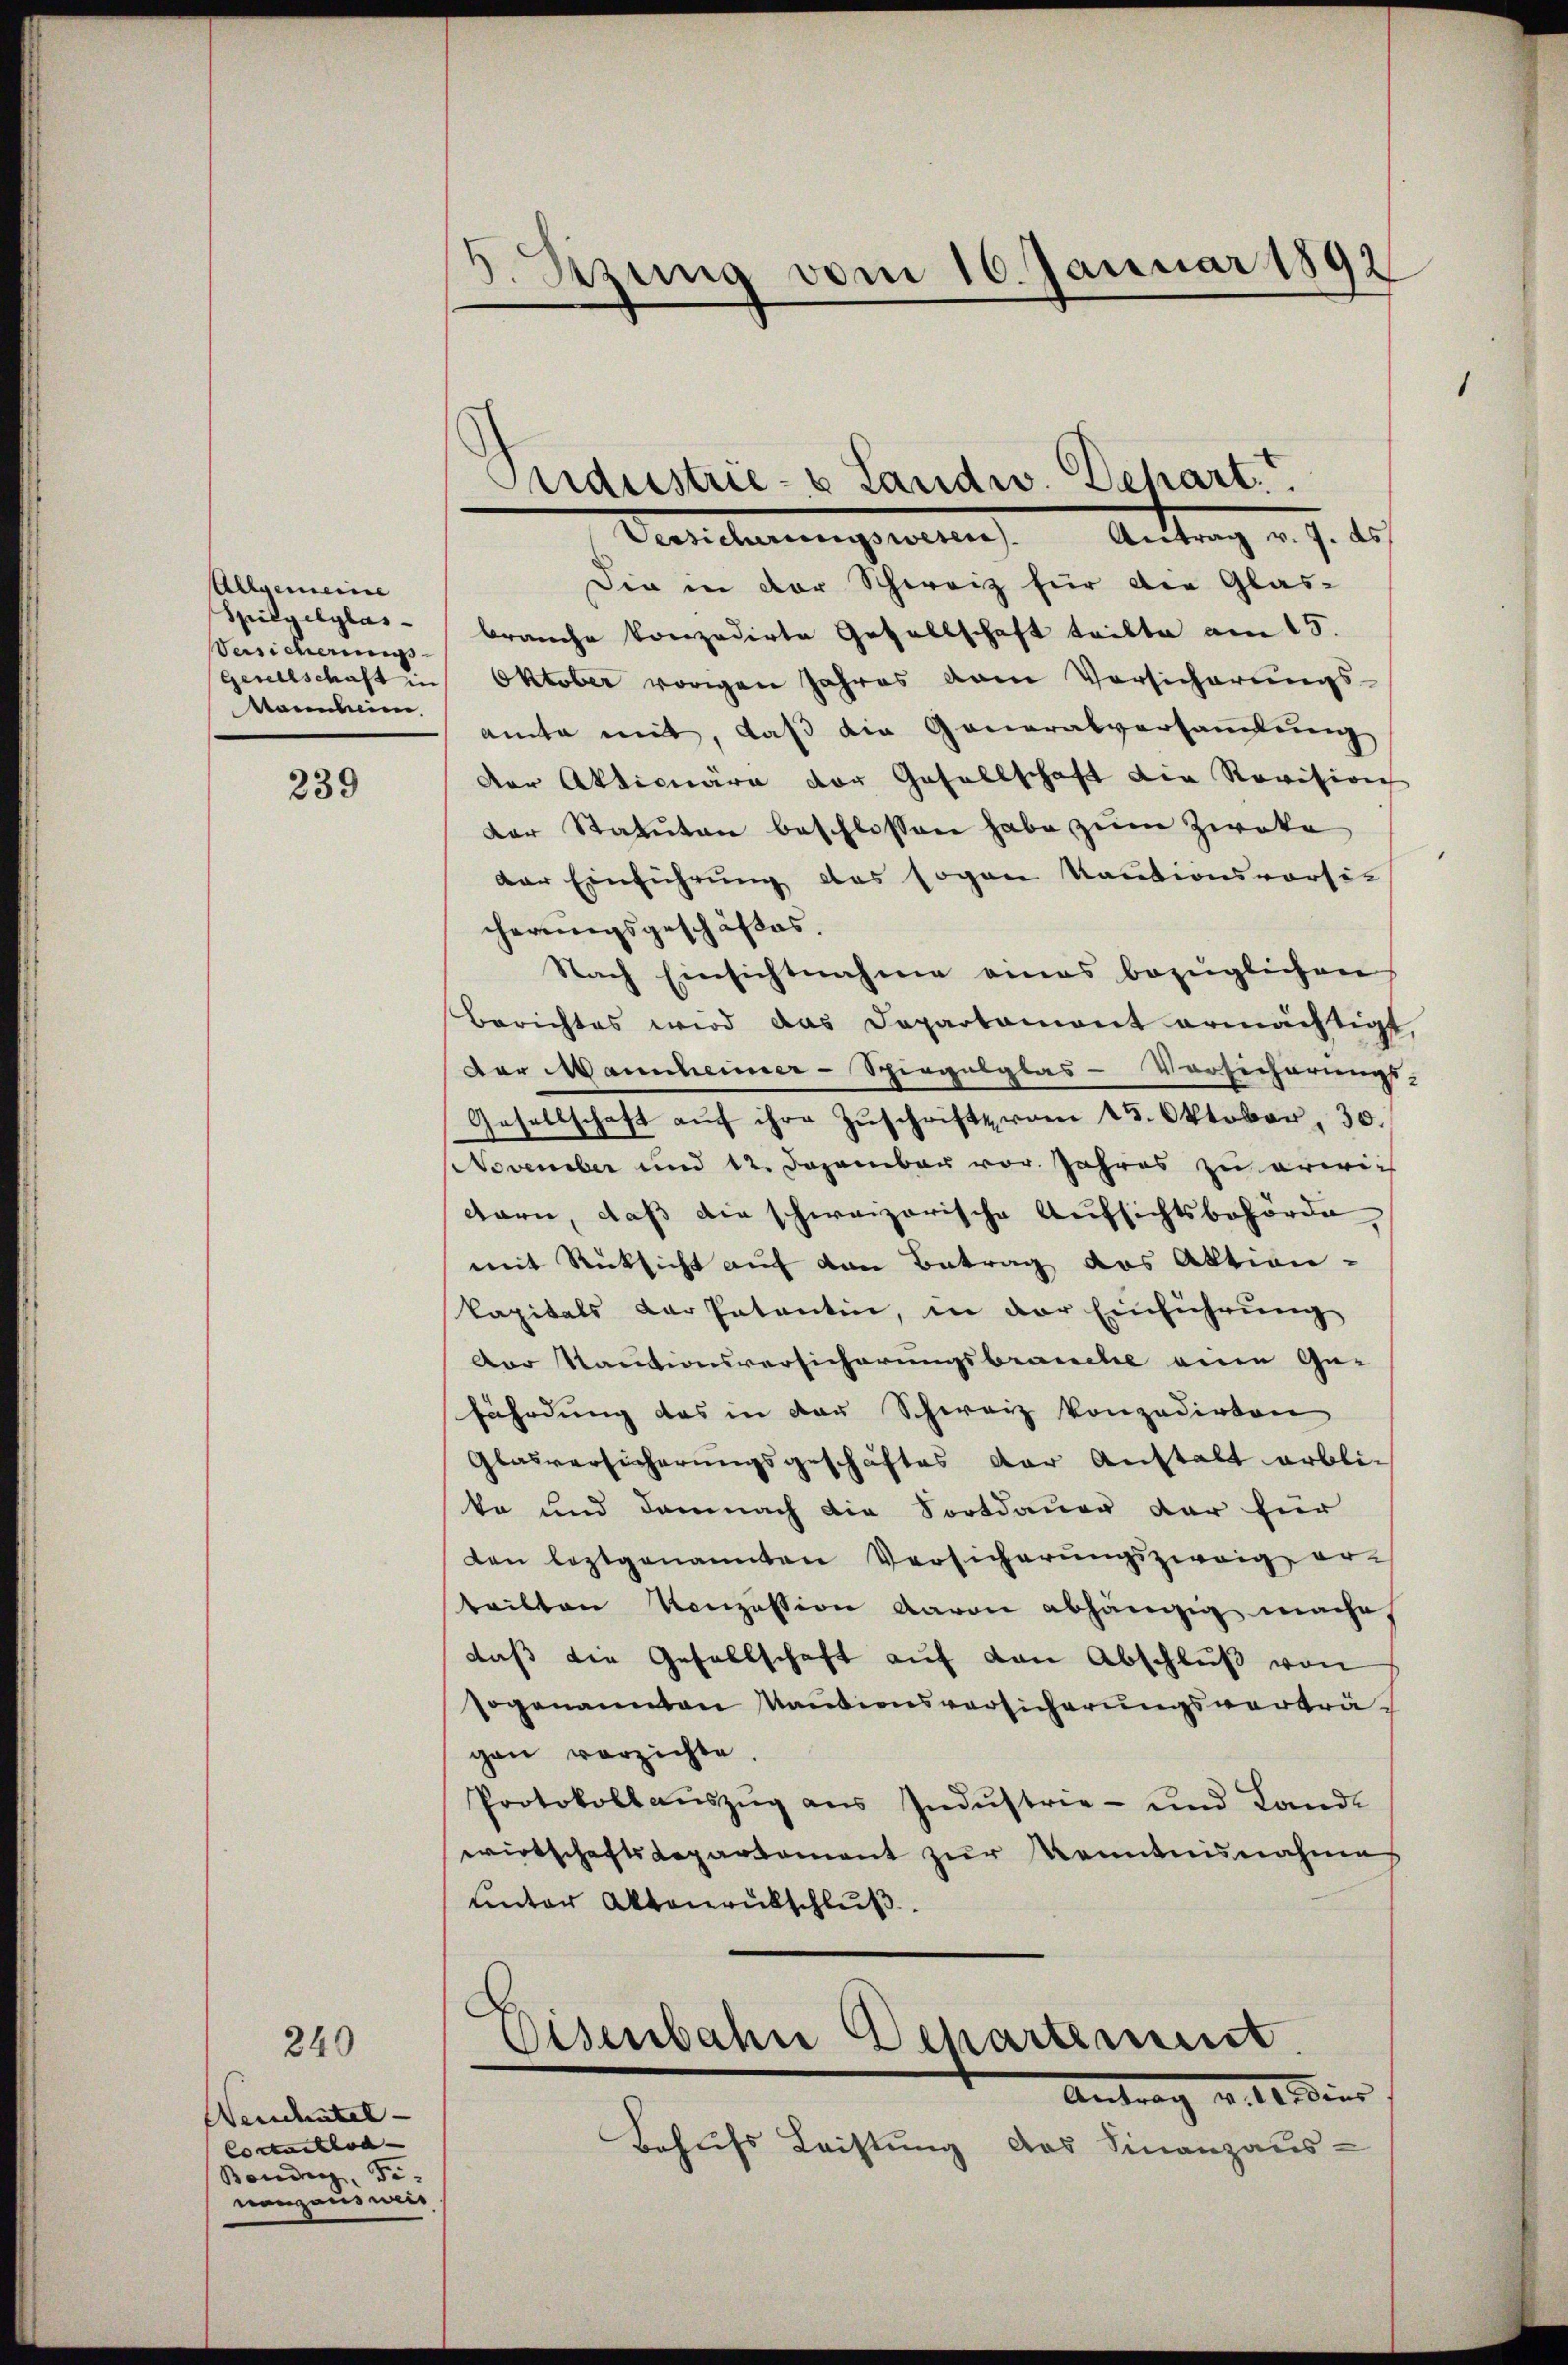
Allgemeine
Spiegelylas-
Versicherungs
Gesellschaft in
Mammheim

239

240

Wenchatel- |
Corterthod
Bendig, Fi-
nanzausweis

v. Szung vom 16. Januar 1892

Sndustrie- & Landw. Dehart.
Versicherungswesen. Antrag v. J. ds.

Die in der Schweiz für die Glas-
brauche konzedirte Gesellschaft teilte am 15.
Oktober vorigen Jahres vom Vorsicherungs-
amte mit, daß die Generalversammlung
Der Aktionäre der Gesellschaft die Revision
Der Statuten beschlossen habe zum Zweke
der Einführung das sogen Kautionsvorsie
cherungsgeschäftes.
Nach Einsichtnahme eines bezüglichen
Berichtes wird das Departament ermächtigt,
Der Mannheimer-Spiegelglas-Vorsicherungs-
Gesellschaft aŭf ihre Zŭschrift vom 25. Oktober, 30.
November und 12. Dezember vor. Jahres zu erwich
warn, daß die schweizerische Aufsichtsbehörde
mit Rücksicht auf von Betrag des Aktionkapitals der Patentin, in der Einführung
Der Kautionsversicherungsbrauche eine Gefährdung das in der Schweiz konzedirten
Glasversicherungsgeschäftes der Anstalt erbli-
ka und damnach die Fortdauer der für
den leztgenannten Versicherŭngszweig er-
teilten Konzession davon abhängig mache.
daß die Gesellschaft auf den Abschluß von
sogenannten Kautionsversicherungsverträgan verzichte.
Protokoll aŭszŭg aŭs Indŭstrie- und Land-
wirtschaftsdepartement zur Kenntnisnahme
unter Aktenrutschluß,
.
Osenbahn Departement
. dies
Behufs Leistung des Finanzaus-